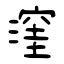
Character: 漥